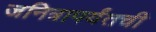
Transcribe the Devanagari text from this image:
जनित्रापर्यंतची